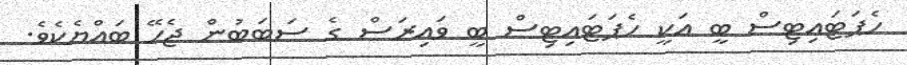
ހެޕަޓައިޓިސް ބީ އަކީ ހެޕަޓައިޓިސް ބީ ވައިރަސް ގެ ސަބަބުން ޖެހޭ ބައްޔެކެވެ.